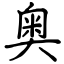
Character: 奥